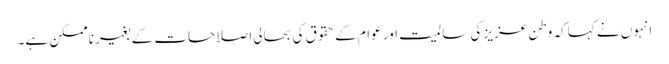
انہوں نے کہا کہ وطن عزیز کی سالمیت اور عوام کے حقوق کی بحالی اصلاحات کے بغیر ناممکن ہے۔